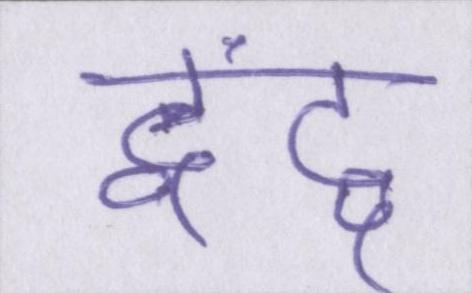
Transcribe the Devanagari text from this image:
द्वंद्व